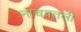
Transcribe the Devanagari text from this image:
नाचवतली